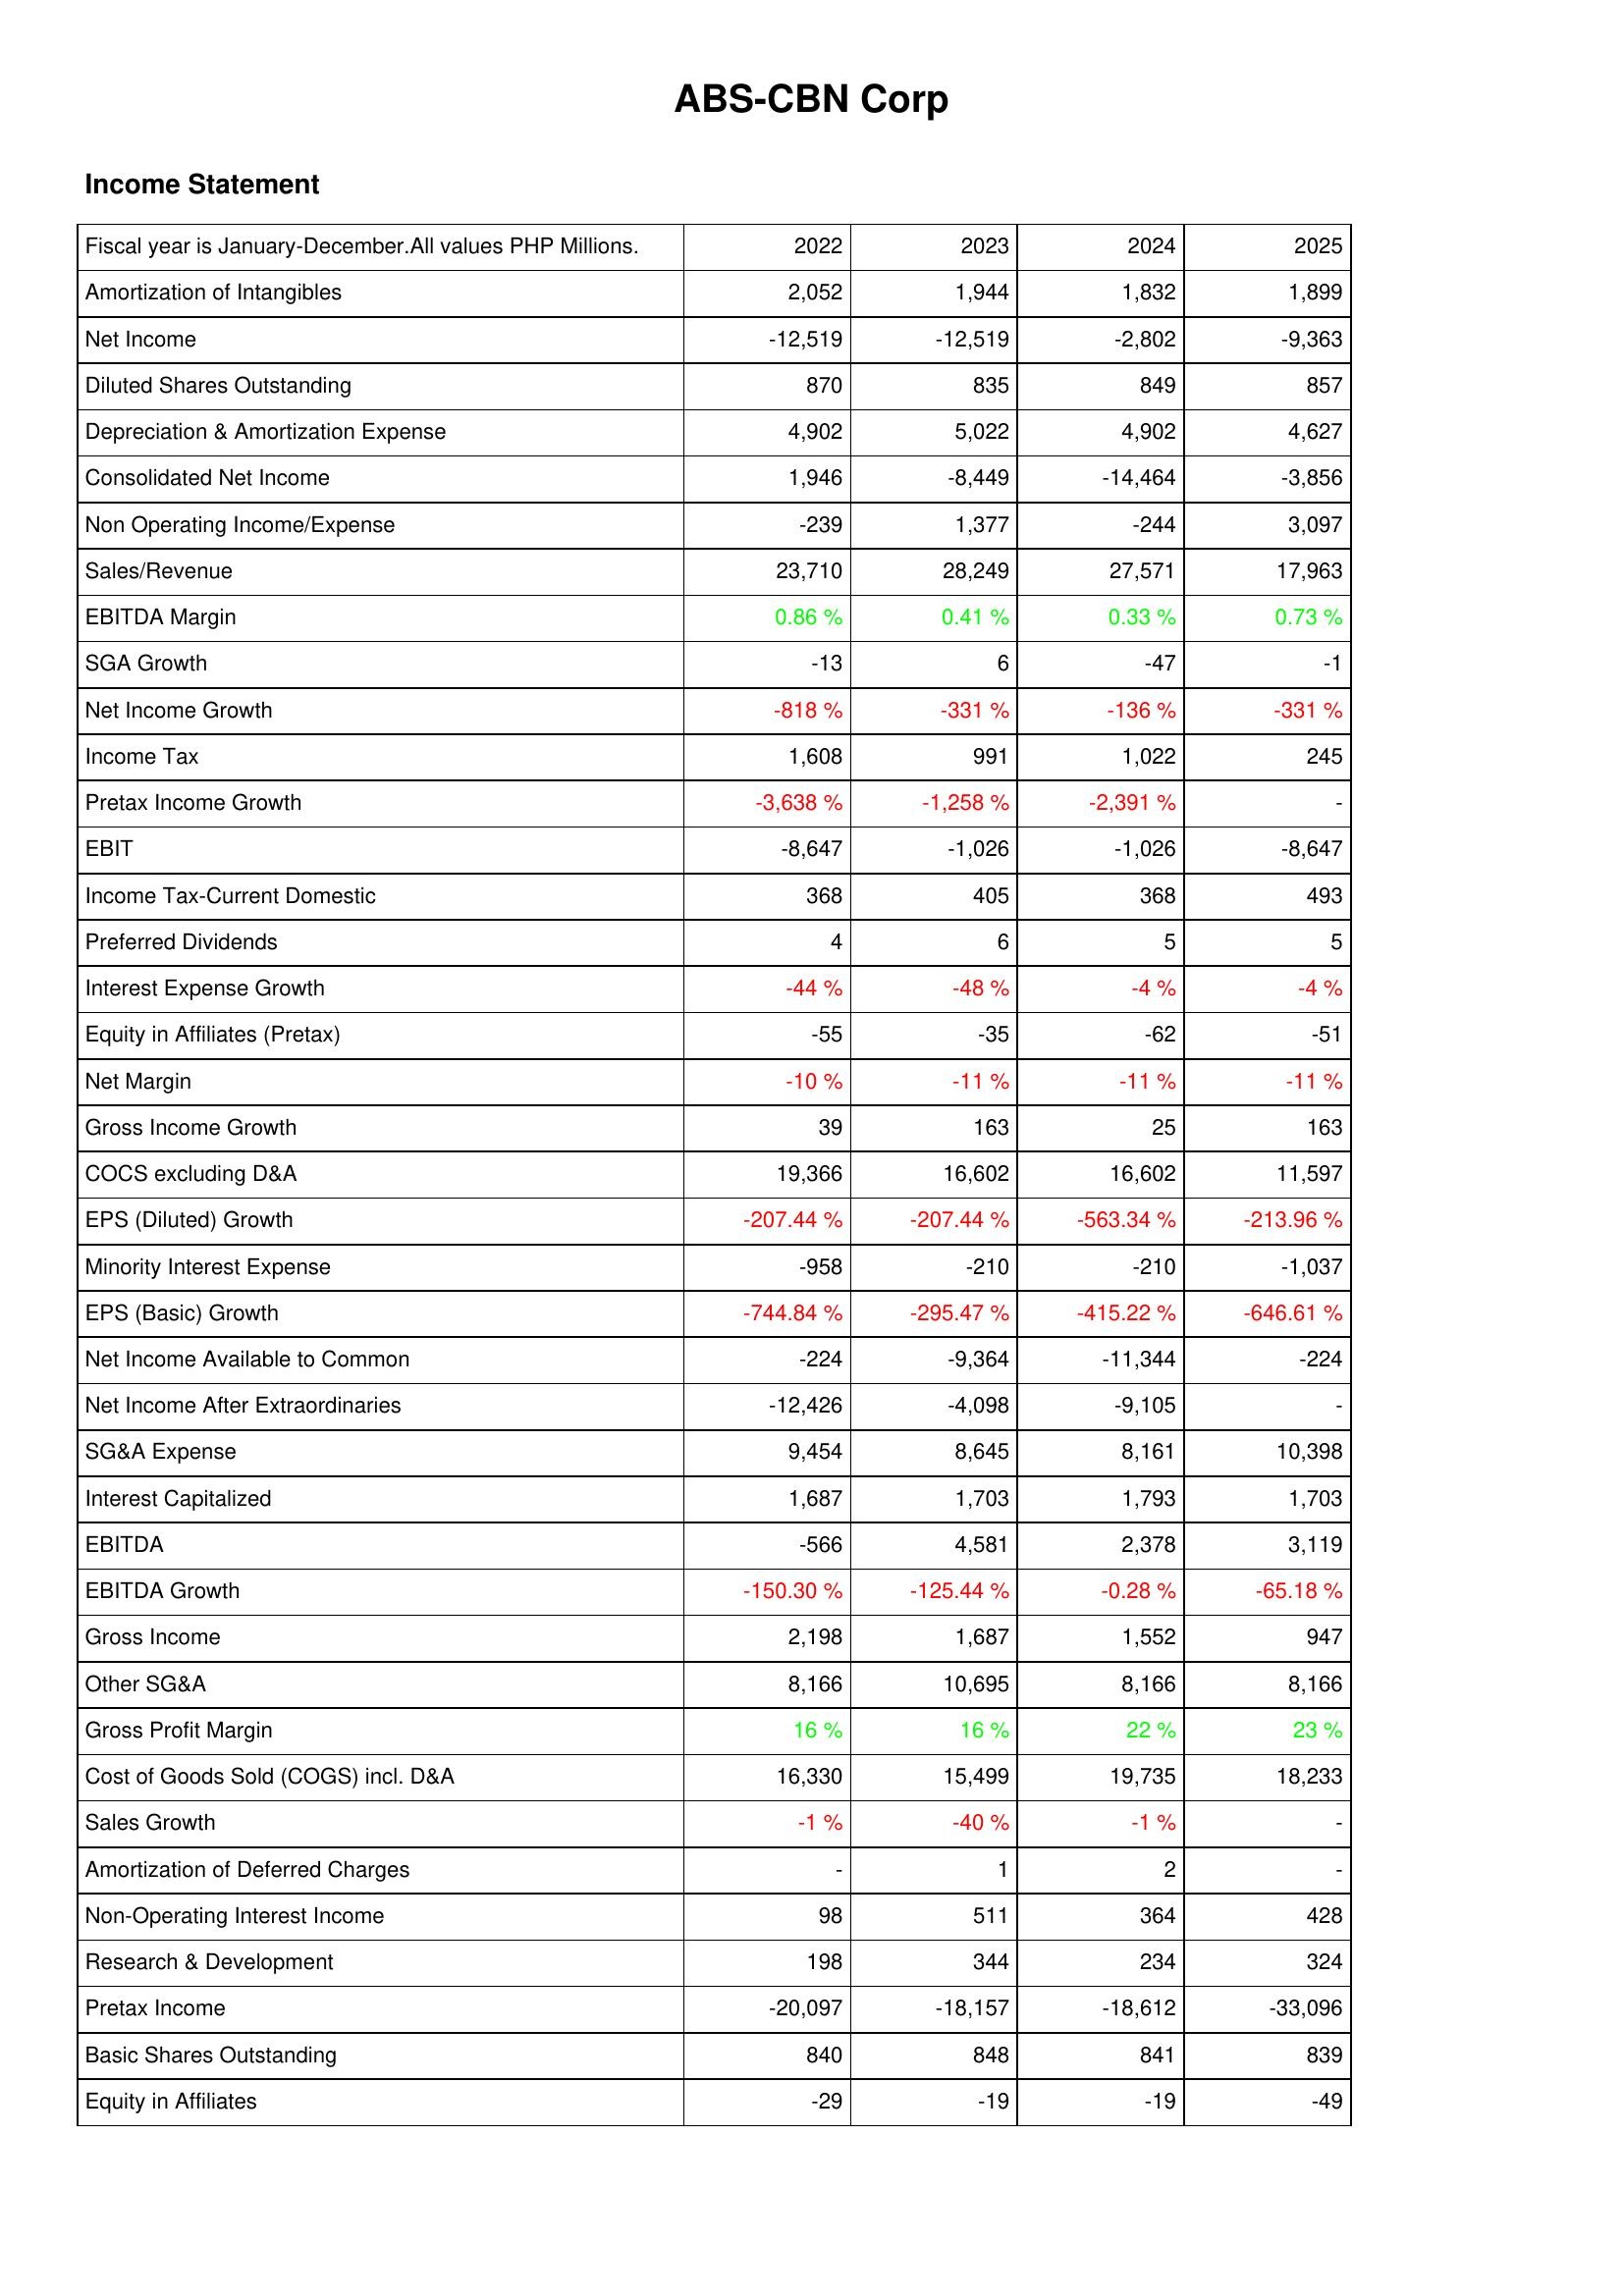
2022: Income Statement: Amortization of Intangibles: 2,052
Net Income: -12,519
Diluted Shares Outstanding: 870
Depreciation & Amortization Expense: 4,902
Consolidated Net Income: 1,946
Non Operating Income/Expense: -239
Sales/Revenue: 23,710
EBITDA Margin: 0.86 %
SGA Growth: -13
Net Income Growth: -818 %
Income Tax: 1,608
Pretax Income Growth: -3,638 %
EBIT: -8,647
Income Tax-Current Domestic: 368
Preferred Dividends: 4
Interest Expense Growth: -44 %
Equity in Affiliates (Pretax): -55
Net Margin: -10 %
Gross Income Growth: 39
COCS excluding D&A: 19,366
EPS (Diluted) Growth: -207.44 %
Minority Interest Expense: -958
EPS (Basic) Growth: -744.84 %
Net Income Available to Common: -224
Net Income After Extraordinaries: -12,426
SG&A Expense: 9,454
Interest Capitalized: 1,687
EBITDA: -566
EBITDA Growth: -150.30 %
Gross Income: 2,198
Other SG&A: 8,166
Gross Profit Margin: 16 %
Cost of Goods Sold (COGS) incl. D&A: 16,330
Sales Growth: -1 %
Amortization of Deferred Charges: -
Non-Operating Interest Income: 98
Research & Development: 198
Pretax Income: -20,097
Basic Shares Outstanding: 840
Equity in Affiliates: -29
2023: Income Statement: Amortization of Intangibles: 1,944
Net Income: -12,519
Diluted Shares Outstanding: 835
Depreciation & Amortization Expense: 5,022
Consolidated Net Income: -8,449
Non Operating Income/Expense: 1,377
Sales/Revenue: 28,249
EBITDA Margin: 0.41 %
SGA Growth: 6
Net Income Growth: -331 %
Income Tax: 991
Pretax Income Growth: -1,258 %
EBIT: -1,026
Income Tax-Current Domestic: 405
Preferred Dividends: 6
Interest Expense Growth: -48 %
Equity in Affiliates (Pretax): -35
Net Margin: -11 %
Gross Income Growth: 163
COCS excluding D&A: 16,602
EPS (Diluted) Growth: -207.44 %
Minority Interest Expense: -210
EPS (Basic) Growth: -295.47 %
Net Income Available to Common: -9,364
Net Income After Extraordinaries: -4,098
SG&A Expense: 8,645
Interest Capitalized: 1,703
EBITDA: 4,581
EBITDA Growth: -125.44 %
Gross Income: 1,687
Other SG&A: 10,695
Gross Profit Margin: 16 %
Cost of Goods Sold (COGS) incl. D&A: 15,499
Sales Growth: -40 %
Amortization of Deferred Charges: 1
Non-Operating Interest Income: 511
Research & Development: 344
Pretax Income: -18,157
Basic Shares Outstanding: 848
Equity in Affiliates: -19
2024: Income Statement: Amortization of Intangibles: 1,832
Net Income: -2,802
Diluted Shares Outstanding: 849
Depreciation & Amortization Expense: 4,902
Consolidated Net Income: -14,464
Non Operating Income/Expense: -244
Sales/Revenue: 27,571
EBITDA Margin: 0.33 %
SGA Growth: -47
Net Income Growth: -136 %
Income Tax: 1,022
Pretax Income Growth: -2,391 %
EBIT: -1,026
Income Tax-Current Domestic: 368
Preferred Dividends: 5
Interest Expense Growth: -4 %
Equity in Affiliates (Pretax): -62
Net Margin: -11 %
Gross Income Growth: 25
COCS excluding D&A: 16,602
EPS (Diluted) Growth: -563.34 %
Minority Interest Expense: -210
EPS (Basic) Growth: -415.22 %
Net Income Available to Common: -11,344
Net Income After Extraordinaries: -9,105
SG&A Expense: 8,161
Interest Capitalized: 1,793
EBITDA: 2,378
EBITDA Growth: -0.28 %
Gross Income: 1,552
Other SG&A: 8,166
Gross Profit Margin: 22 %
Cost of Goods Sold (COGS) incl. D&A: 19,735
Sales Growth: -1 %
Amortization of Deferred Charges: 2
Non-Operating Interest Income: 364
Research & Development: 234
Pretax Income: -18,612
Basic Shares Outstanding: 841
Equity in Affiliates: -19
2025: Income Statement: Amortization of Intangibles: 1,899
Net Income: -9,363
Diluted Shares Outstanding: 857
Depreciation & Amortization Expense: 4,627
Consolidated Net Income: -3,856
Non Operating Income/Expense: 3,097
Sales/Revenue: 17,963
EBITDA Margin: 0.73 %
SGA Growth: -1
Net Income Growth: -331 %
Income Tax: 245
Pretax Income Growth: -
EBIT: -8,647
Income Tax-Current Domestic: 493
Preferred Dividends: 5
Interest Expense Growth: -4 %
Equity in Affiliates (Pretax): -51
Net Margin: -11 %
Gross Income Growth: 163
COCS excluding D&A: 11,597
EPS (Diluted) Growth: -213.96 %
Minority Interest Expense: -1,037
EPS (Basic) Growth: -646.61 %
Net Income Available to Common: -224
Net Income After Extraordinaries: -
SG&A Expense: 10,398
Interest Capitalized: 1,703
EBITDA: 3,119
EBITDA Growth: -65.18 %
Gross Income: 947
Other SG&A: 8,166
Gross Profit Margin: 23 %
Cost of Goods Sold (COGS) incl. D&A: 18,233
Sales Growth: -
Amortization of Deferred Charges: -
Non-Operating Interest Income: 428
Research & Development: 324
Pretax Income: -33,096
Basic Shares Outstanding: 839
Equity in Affiliates: -49